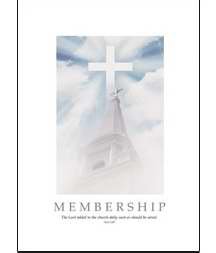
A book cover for Certificate Membership; Christian Books & Bibles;